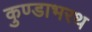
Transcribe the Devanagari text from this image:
कुण्डाभरथ